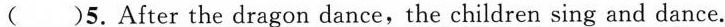
( )5.After the dragon dance,the children sing and dance.